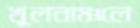
খুলনাঞ্চলে